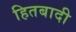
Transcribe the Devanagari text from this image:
हितबादी